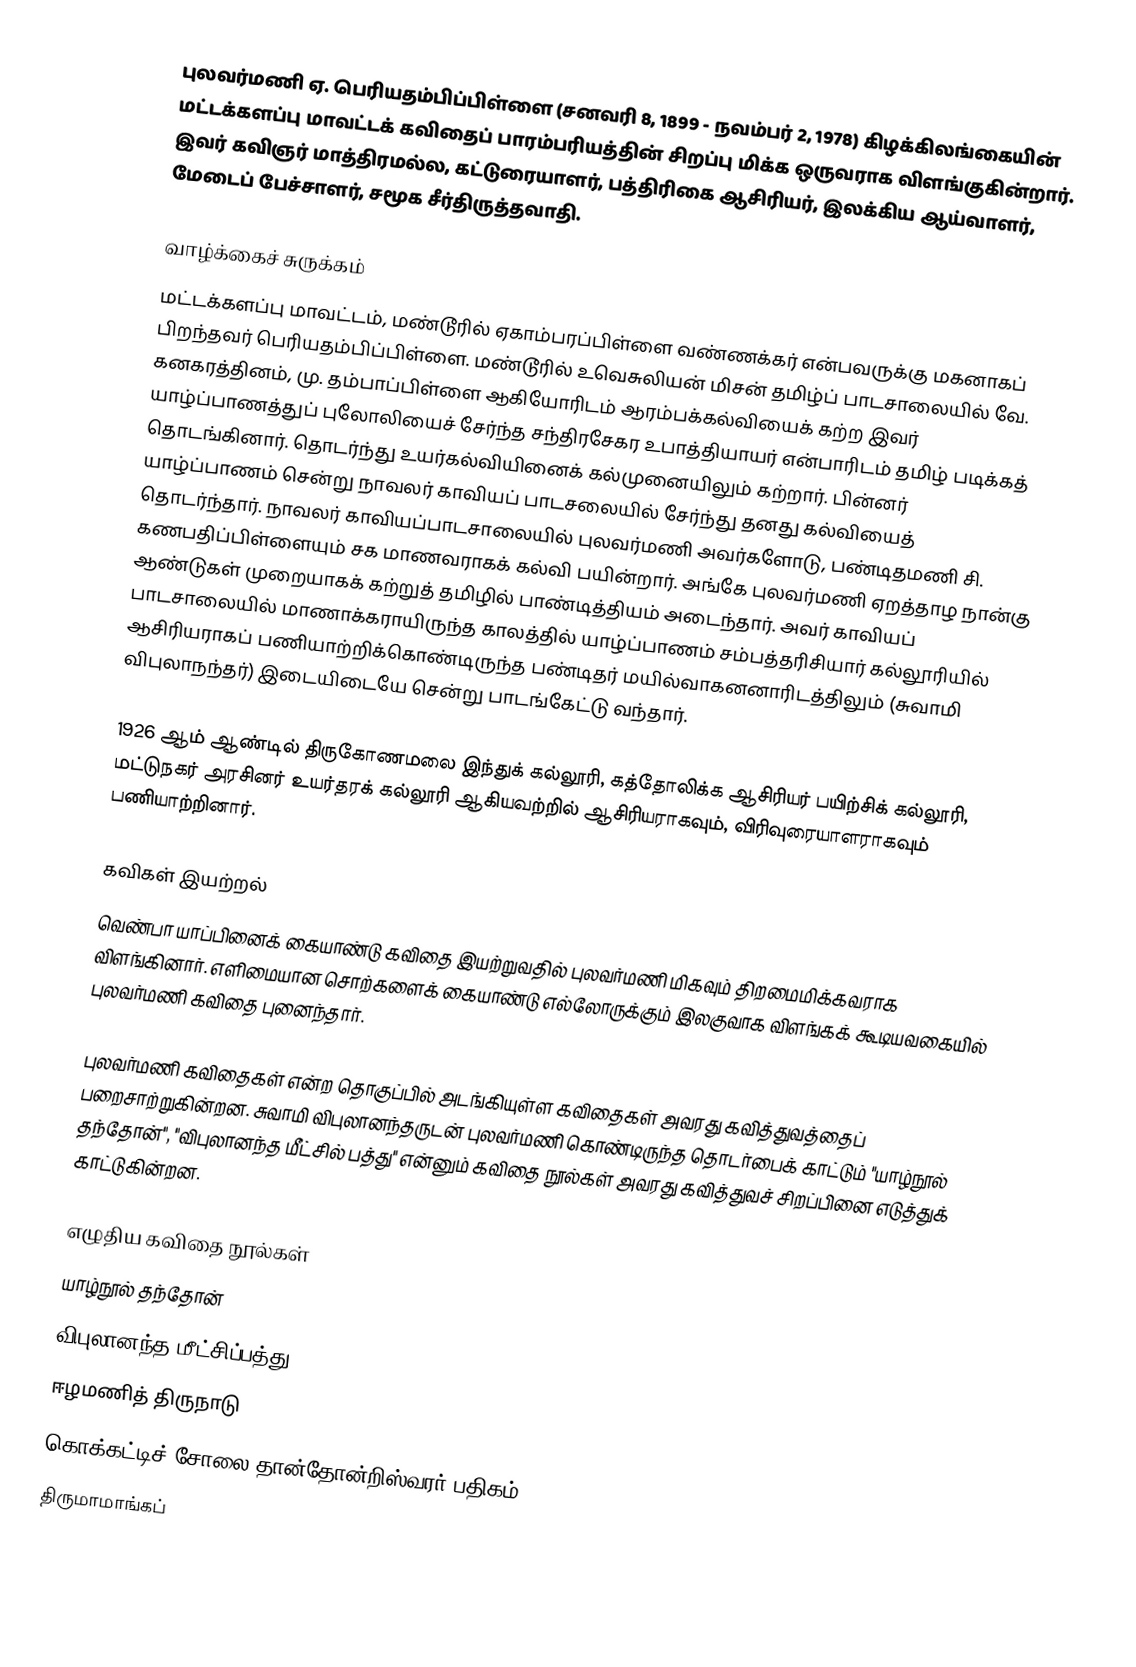
புலவர்மணி ஏ. பெரியதம்பிப்பிள்ளை (சனவரி 8, 1899 - நவம்பர் 2, 1978) கிழக்கிலங்கையின் மட்டக்களப்பு மாவட்டக் கவிதைப் பாரம்பரியத்தின் சிறப்பு மிக்க ஒருவராக விளங்குகின்றார். இவர் கவிஞர் மாத்திரமல்ல, கட்டுரையாளர், பத்திரிகை ஆசிரியர், இலக்கிய ஆய்வாளர், மேடைப் பேச்சாளர், சமூக சீர்திருத்தவாதி.

வாழ்க்கைச் சுருக்கம்
மட்டக்களப்பு மாவட்டம், மண்டூரில் ஏகாம்பரப்பிள்ளை வண்ணக்கர் என்பவருக்கு மகனாகப் பிறந்தவர் பெரியதம்பிப்பிள்ளை. மண்டூரில் உவெசுலியன் மிசன் தமிழ்ப் பாடசாலையில் வே. கனகரத்தினம், மு. தம்பாப்பிள்ளை ஆகியோரிடம் ஆரம்பக்கல்வியைக் கற்ற இவர் யாழ்ப்பாணத்துப் புலோலியைச் சேர்ந்த சந்திரசேகர உபாத்தியாயர் என்பாரிடம் தமிழ் படிக்கத் தொடங்கினார். தொடர்ந்து உயர்கல்வியினைக் கல்முனையிலும் கற்றார். பின்னர் யாழ்ப்பாணம் சென்று நாவலர் காவியப் பாடசலையில் சேர்ந்து தனது கல்வியைத் தொடர்ந்தார். நாவலர் காவியப்பாடசாலையில் புலவர்மணி அவர்களோடு, பண்டிதமணி சி. கணபதிப்பிள்ளையும் சக மாணவராகக் கல்வி பயின்றார். அங்கே புலவர்மணி ஏறத்தாழ நான்கு ஆண்டுகள் முறையாகக் கற்றுத் தமிழில் பாண்டித்தியம் அடைந்தார். அவர் காவியப் பாடசாலையில் மாணாக்கராயிருந்த காலத்தில் யாழ்ப்பாணம் சம்பத்தரிசியார் கல்லூரியில் ஆசிரியராகப் பணியாற்றிக்கொண்டிருந்த பண்டிதர் மயில்வாகனனாரிடத்திலும் (சுவாமி விபுலாநந்தர்) இடையிடையே சென்று பாடங்கேட்டு வந்தார்.

1926 ஆம் ஆண்டில் திருகோணமலை இந்துக் கல்லூரி, கத்தோலிக்க ஆசிரியர் பயிற்சிக் கல்லூரி, மட்டுநகர் அரசினர் உயர்தரக் கல்லூரி ஆகியவற்றில் ஆசிரியராகவும், விரிவுரையாளராகவும் பணியாற்றினார்.

கவிகள் இயற்றல்
வெண்பா யாப்பினைக் கையாண்டு கவிதை இயற்றுவதில் புலவர்மணி மிகவும் திறமைமிக்கவராக விளங்கினார். எளிமையான சொற்களைக் கையாண்டு எல்லோருக்கும் இலகுவாக விளங்கக் கூடியவகையில் புலவர்மணி கவிதை புனைந்தார்.

புலவர்மணி கவிதைகள் என்ற தொகுப்பில் அடங்கியுள்ள கவிதைகள் அவரது கவித்துவத்தைப் பறைசாற்றுகின்றன. சுவாமி விபுலானந்தருடன் புலவர்மணி கொண்டிருந்த தொடர்பைக் காட்டும் "யாழ்நூல் தந்தோன்", "விபுலானந்த மீட்சில் பத்து" என்னும் கவிதை நூல்கள் அவரது கவித்துவச் சிறப்பினை எடுத்துக் காட்டுகின்றன.

எழுதிய கவிதை நூல்கள்
 யாழ்நூல் தந்தோன்
 விபுலானந்த மீட்சிப்பத்து
 ஈழமணித் திருநாடு
 கொக்கட்டிச் சோலை தான்தோன்றிஸ்வரர் பதிகம்
 திருமாமாங்கப்